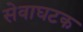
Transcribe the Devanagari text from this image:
सेवाघटक